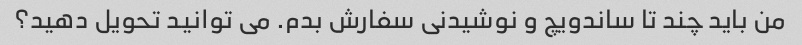
من باید چند تا ساندویچ و نوشیدنی سفارش بدم. می توانید تحویل دهید؟